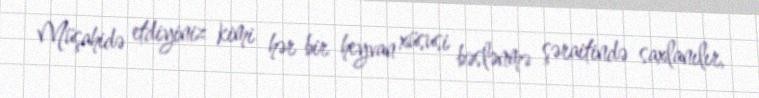
Müşahidə etdiyiniz kimi hər bir heyvan xüsusi bəslənmə şəraitində saxlanılır,